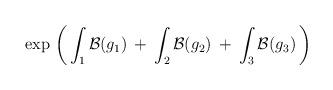
LaTeX: \begin{align*}\exp \, \left( \, \int_1 {\cal B}(g_1) \: + \:\int_2 {\cal B}(g_2) \: + \: \int_3 {\cal B}(g_3) \, \right)\end{align*}